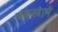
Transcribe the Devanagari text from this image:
बंबखाने